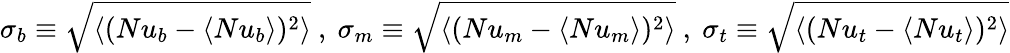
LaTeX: \sigma_{b}\equiv\sqrt{\left\langle(Nu_{b}-\langle Nu_{b}\rangle)^{2}\right\rangle}~,~\sigma_{m}\equiv\sqrt{\left\langle(Nu_{m}-\langle Nu_{m}\rangle)^{2}\right\rangle}~,~\sigma_{t}\equiv\sqrt{\left\langle(Nu_{t}-\langle Nu_{t}\rangle)^{2}\right\rangle}